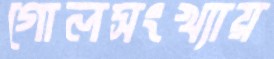
গোলসংখ্যায়